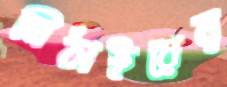
মিঠাইয়ের